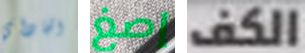
الجاداي إصغ الكف